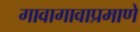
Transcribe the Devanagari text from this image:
गावागावाप्रमाणे